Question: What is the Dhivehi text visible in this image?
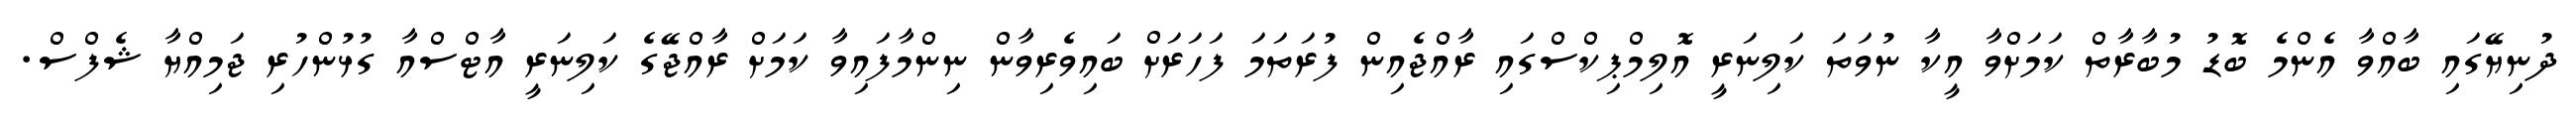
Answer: ދުނިޔޭގައި ބާއްވާ އެންމެ ބޮޑު މުބާރާތް ކަމަށްވާ އީކާ ނުވަތަ ކަލިނަރީ އޮލިމްޕިކްސްގައި ރާއްޖެއިން ފުރަތަމަ ފަހަރަށް ބައިވެރިވާން ނިންމާފައިވާ ކަމަށް ރާއްޖޭގެ ކަލިނަރީ އާޓްސްއާ ގުޅުންހުރި ޖަމިއްޔާ ޝެފްސް.